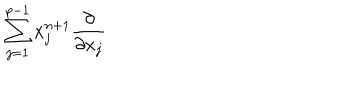
LaTeX: \sum _ { j = 1 } ^ { p - 1 } x _ { j } ^ { n + 1 } \frac { \partial } { \partial x _ { j } }